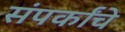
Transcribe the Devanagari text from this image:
संपर्कांचे